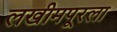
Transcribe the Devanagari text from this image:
लखीमपूरला